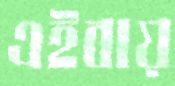
এইবায়